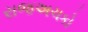
રાજઅચકો